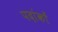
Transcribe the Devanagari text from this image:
पदांकों